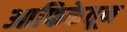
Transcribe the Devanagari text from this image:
आफिकेतून